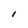
Character: I